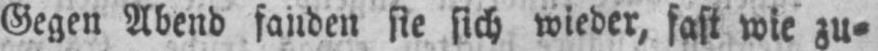
Gegen Abend fanden sie sich wieder, fast wie zu⸗